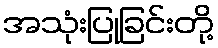
အသုံးပြုခြင်းတို့